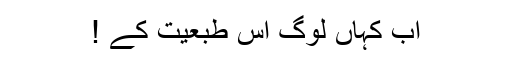
اب کہاں لوگ اس طبعیت کے !